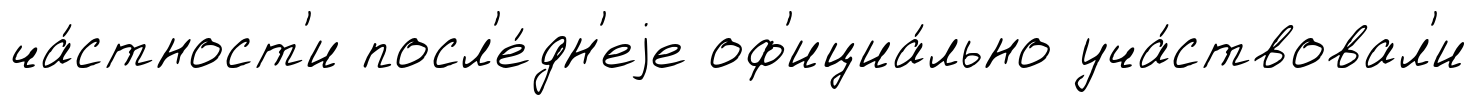
ча́стност'и посл'е́дн'еjе оф'ициа́льно уча́ствовал'и